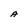
Character: A